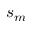
s _ { m }